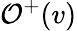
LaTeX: \mathcal{O}^{+}(v)